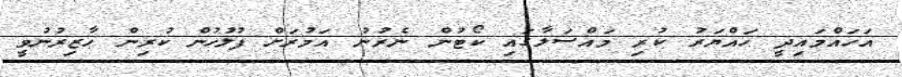
އަހައްމައިދީ ހައްޔަރު ކުރި މައްސަލާގައި ކޯޓުން ނެރުނު އަމުރަށް ފުލުހުން ކުރިން ހާޒިރުނުވީ